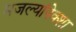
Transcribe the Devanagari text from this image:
मजल्यांपेक्शा